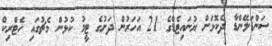
ސަންޑަލޭންޑާ ދެކޮޅަށް ޔުނައިޓެޑްގެ 21 އަހަރުން ދަށުގެ ޓީމު ކުޅުން މެޗުގައި ހެޓްރިކް